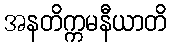
အနတိက္ကမနီယာတိ